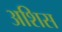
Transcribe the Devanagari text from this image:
अशिस